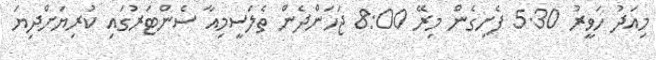
މިއަދު ހަވީރު 5.30 ފެށިގެން މިރޭ 8:00 ޖަހަންދެން ތެލަސީމިއާ ސެންޓަރުގައި ކުރިޔަށްދިޔަ